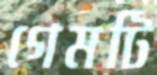
গেমটি